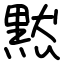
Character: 黙